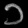
Digit: ၁